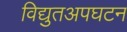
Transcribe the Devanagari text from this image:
विद्युतअपघटन